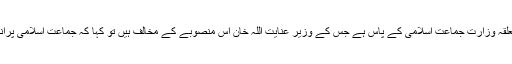
ہم نے سوال اٹھایا کہ متعلقہ وزارت جماعت اسلامی کے پاس ہے جس کے وزیر عنایت اللہ خان اس منصوبے کے مخالف ہیں تو کہا کہ جماعت اسلامی پرانی سوچ کی جماعت ہے۔